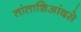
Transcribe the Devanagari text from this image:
तांताशिआंदसे